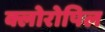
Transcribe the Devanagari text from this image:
क्लोरोपिल